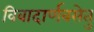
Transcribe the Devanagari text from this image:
विवादार्णवसेतु